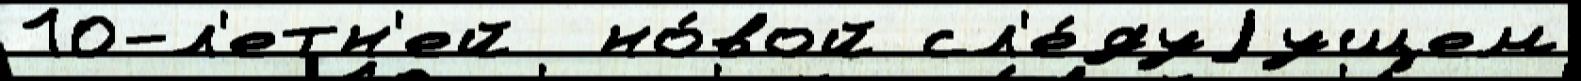
10-л'етн'ей  но́вой сл'е́дуjущем